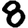
Digit: 8